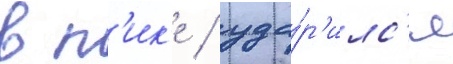
в п'ик'е / уда́р'илс'я